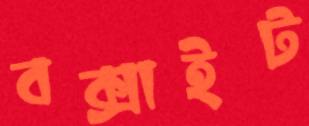
বক্সাইট